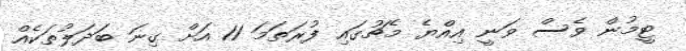
ޓީމުން ވެސް ވަނީ އިއްޔެ މެޗުގައި ފުރަތަމަ 11 އަށް ގިނަ ބަދަލުތަކެއް